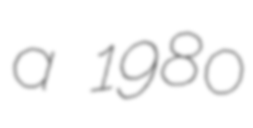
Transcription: a 1980